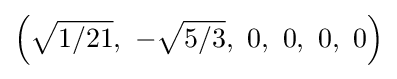
\left({\sqrt {1/21}},\ -{\sqrt {5/3}},\ 0,\ 0,\ 0,\ 0\right)